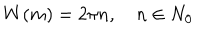
LaTeX: W ( m ) = 2 \pi n , \quad n \in N _ { 0 }